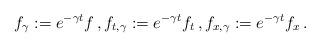
LaTeX: \begin{align*}f_\gamma:=e^{-\gamma t}f\,,f_{t,\gamma}:=e^{-\gamma t}f_t\,,f_{x,\gamma}:=e^{-\gamma t}f_x\,.\end{align*}